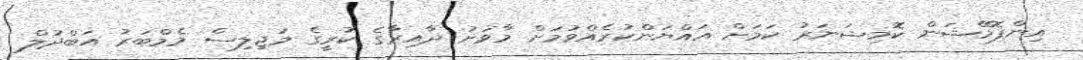
އިންފޮމޭޝަން ކޮމިޝަނަރު ކަމަށް އައްޔަންކުުރެއްވުމަށް މާވަށު ދާއިރާގެ ކުރީގެ މަޖިލިސް މެމްބަރު އަބްދުލް